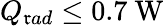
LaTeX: Q_{\mathfrak{r}ad}\leq\textrm{{0.7~W}}